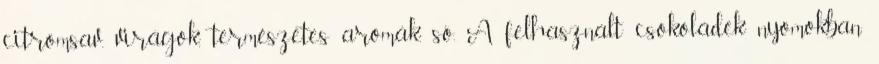
citromsav, virágok, természetes aromák, só. A felhasznált csokoládék nyomokban